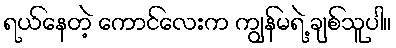
ရယ်နေတဲ့ ကောင်လေးက ကျွန်မရဲ့ ချစ်သူပါ။